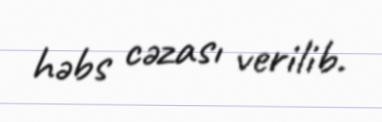
həbs cəzası verilib.